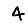
Digit: 4